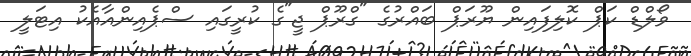
ވޯލްޑް ކަޕް ކޮލިފައިން ޔޫރަޕް ބައްރުގެ "ގްރޫޕް ޖީ"ގެ ކުރީގައި ސްޕެއިންއާއެކު އިޓަލީ